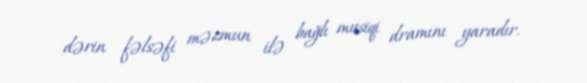
dərin fəlsəfi məzmun ilə bağlı musiqi dramını yaradır.